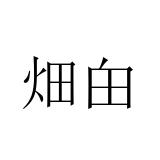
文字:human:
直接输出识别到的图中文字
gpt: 畑甶